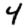
Digit: 4